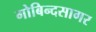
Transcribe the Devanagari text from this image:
गोबिन्‍दसागर